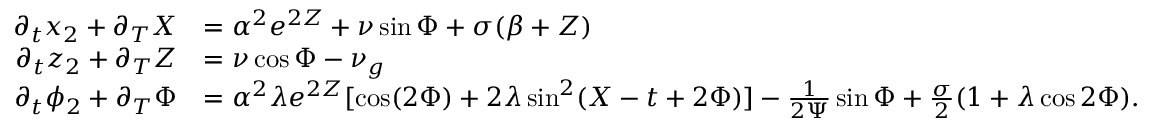
\begin{array} { r l } { \partial _ { t } x _ { 2 } + \partial _ { T } X } & { = \alpha ^ { 2 } e ^ { 2 Z } + \nu \sin \Phi + \sigma ( \beta + Z ) } \\ { \partial _ { t } z _ { 2 } + \partial _ { T } Z } & { = \nu \cos \Phi - \nu _ { g } } \\ { \partial _ { t } \phi _ { 2 } + \partial _ { T } \Phi } & { = \alpha ^ { 2 } \lambda e ^ { 2 Z } [ \cos ( 2 \Phi ) + 2 \lambda \sin ^ { 2 } ( X - t + 2 \Phi ) ] - \frac { 1 } { 2 \Psi } \sin \Phi + \frac { \sigma } { 2 } ( 1 + \lambda \cos 2 \Phi ) . } \end{array}